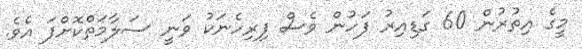
މީގެ އިތުރުން 60 ގަޑިއިރު ފަހުން ވެސް ފިރިހެނަކު ވަނީ ސަލާމަތްކޮށްފަ އެވެ.